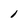
Character: l